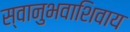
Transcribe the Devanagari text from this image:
स्वानुभवाशिवाय